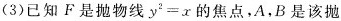
(3)已知F是抛物线y^{2}=x的焦点，A，B是该抛